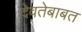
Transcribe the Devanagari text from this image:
देवतेबाबत